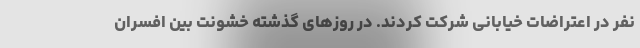
نفر در اعتراضات خیابانی شرکت کردند. در روزهای گذشته خشونت بین افسران